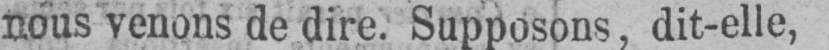
nous venons de dire. Supposons, dit-elle,